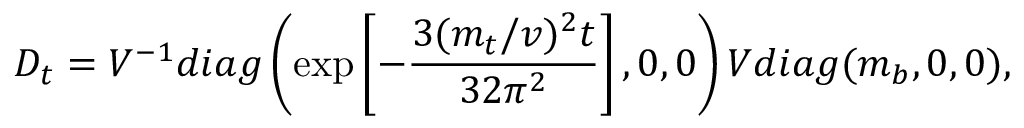
D _ { t } = V ^ { - 1 } d i a g \left( \exp \left[ - \frac { 3 ( m _ { t } / v ) ^ { 2 } t } { 3 2 \pi ^ { 2 } } \right] , 0 , 0 \right) V d i a g ( m _ { b } , 0 , 0 ) ,